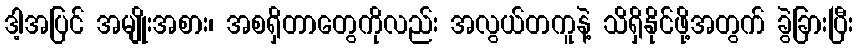
ဒါ့အပြင် အမျိုးအစား၊ အစရှိတာတွေကိုလည်း အလွယ်တကူနဲ့ သိရှိနိုင်ဖို့အတွက် ခွဲခြားပြီး